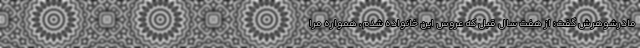
مادرشوهرش گفت: از هفت سال قبل که عروس این خانواده شدم، همواره مرا